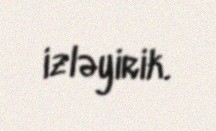
izləyirik.